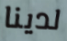
لدينا